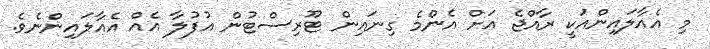
މި އެއާލައިންއަކީ ރާއްޖެ އަށް އެންމެ ގިނައިން ޓޫރިސްޓުން އުފުލާ އެއް އެއާލައިންނެވެ.